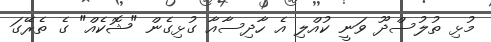
މުޅި ތުލުސްދޫ ވަނީ ކުއްލި އެ ހާދިސާއާ ގުޅިގެން "ޝޮކެއް" ގެ ތެރޭގަ